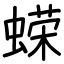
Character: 蝾